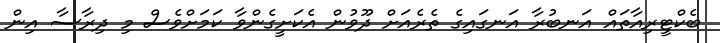
ބެކްޓީރިއާތައް އަނބުރާ އަނގައިގެ ތެރެއަށް ދޫވުން އެކަށީގެންވާ ކަމަށްވެސް މި ދިރާސާ އިން